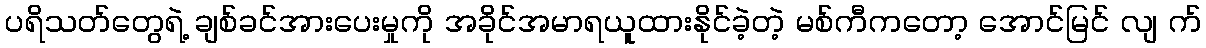
ပရိသတ်တွေရဲ့ ချစ်ခင်အားပေးမှုကို အခိုင်အမာရယူထားနိုင်ခဲ့တဲ့ မစ်ကီကတော့ အောင်မြင် လျ က်